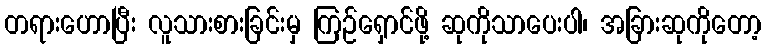
တရားဟောပြီး လူသားစားခြင်းမှ ကြဉ်ရှောင်ဖို့ ဆုကိုသာပေးပါ၊ အခြားဆုကိုတော့